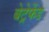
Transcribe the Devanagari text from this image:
बेट्रेफेंड